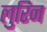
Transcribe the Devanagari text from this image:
लुरिन